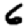
Digit: 6